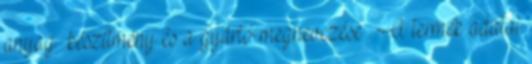
anyag készítmény és a gyártó megnevezése . A termék adatai